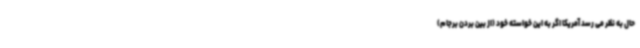
حال به نظر می رسد آمریکا اگر به این خواسته خود (از بین بردن برجام)